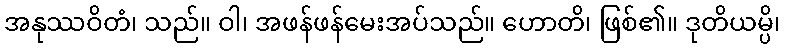
အနုဿဝိတံ၊ သည်။ ဝါ၊ အဖန်ဖန်မေးအပ်သည်။ ဟောတိ၊ ဖြစ်၏။ ဒုတိယမ္ပိ၊